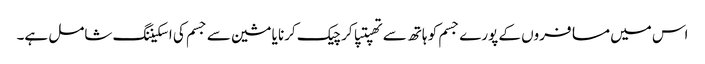
اس میں مسافروں کے پورے جسم کو ہاتھ سے تھپتپا کر چیک کرنا یا مشین سے جسم کی اسکیننگ شامل ہے۔